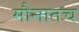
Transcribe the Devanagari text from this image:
मौनातच